Report of the Indian Hemp Drugs Commission, 1894-1895 - Volume IV
Year: 1894
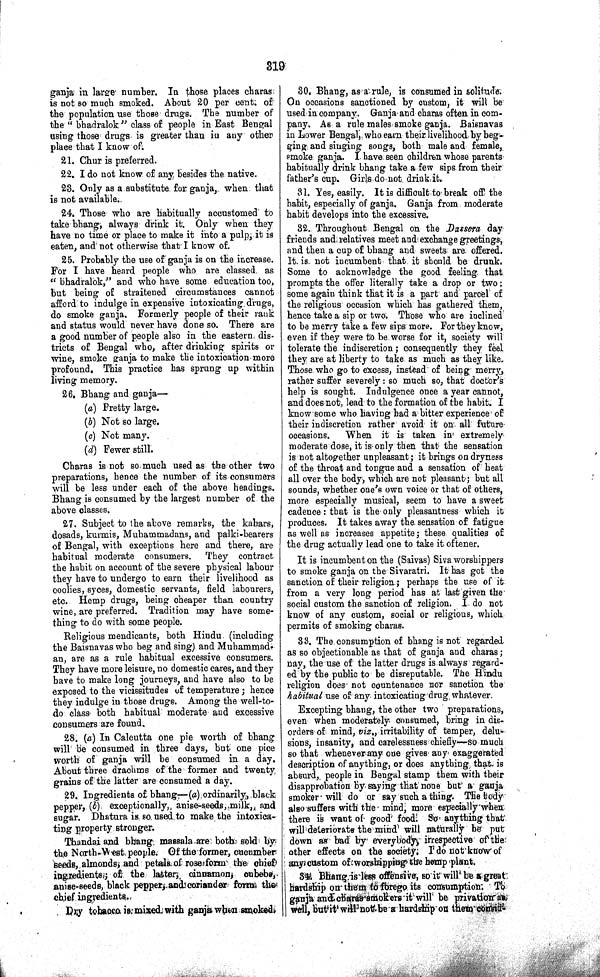
319
ganja in large number. In those places charas
is not so much smoked. About 20 per cent. of
the population use those drugs. The number of
the "bhadralok" class of people in East Bengal
using those drugs is greater than in any other
place that I know of.
21. Chur is preferred.
22. I do not know of any besides the native.
23. Only as a substitute for ganja, when that
is not available.
24. Those who are habitually accustomed to
take bhang, always drink it. Only when they
have no time or place to make it into a pulp, it is
eaten, and not otherwise that I know of.
25. Probably the use of ganja is on the increase.
For I have heard people who are classed as
"bhadralok," and who have some education too,
but being of straitened circumstances cannot
afford to indulge in expensive intoxicating drugs,
do smoke ganja. Formerly people of their rank
and status would never have done so. There are
a good number of people also in the eastern dis-
tricts of Bengal who, after drinking spirits or
wine, smoke ganja to make the intoxication more
profound. This practice has sprung up within
living memory.
26. Bhang and ganja—
(a) Pretty large.
(b) Not so large.
(c) Not many.
(d) Fewer still.
Charas is not so much used as the other two
preparations, hence the number of its consumers
will be less under each of the above headings.
Bhang is consumed by the largest number of the
above classes.
27. Subject to the above remarks, the kahars,
dosads, kurmis, Muhammadans, and palki-bearers
of Bengal, with exceptions here and there, are
habitual moderate consumers. They contract
the habit on account of the severe physical labour
they have to undergo to earn their livelihood as
coolies, syces, domestic servants, field labourers,
etc. Hemp drugs, being cheaper than country
wine, are preferred. Tradition may have some-
thing to do with some people.
Religious mendicants, both Hindu (including
the Baisnavas who beg and sing) and Muhammad-
an, are as a rule habitual excessive consumers.
They have more leisure, no domestic cares, and they
have to make long journeys, and have also to be
exposed to the vicissitudes of temperature; hence
they indulge in those drugs. Among the well-to-
do class both habitual moderate and excessive
consumers are found.
28. (a) In Calcutta one pie worth of bhang
will be consumed in three days, but one pice
worth of ganja will be consumed in a day.
About three drachms of the former and twenty
grains of the latter are consumed a day.
29. Ingredients of bhang—(a) ordinarily, black
pepper, (b) exceptionally, anise-seeds, milk, and
sugar. Dhatura is so used to make the intoxica-
ting property stronger.
Thandai and bhang massala are both sold by
the North-West people. Of the former, cucumber
seeds, almonds, and petals of rose form the chief
ingredients; of the latter, cinnamon, cubebs,
anise-seeds, black pepper, and coriander form the
chief ingredients.
Dry tobacco is mixed with ganja when smoked.
30. Bhang, as a rule, is consumed in solitude.
On occasions sanctioned by custom, it will be
used in company. Ganja and charas often in com-
pany. As a rule males smoke ganja. Baisnavas
in Lower Bengal, who earn their livelihood by beg-
ging and singing songs, both male and female,
smoke ganja. I have seen children whose parents
habitually drink bhang take a few sips from their
father's cup. Girls do not drink it.
31. Yes, easily. It is difficult to break off the
habit, especially of ganja. Ganja from moderate
habit develops into the excessive.
32. Throughout Bengal on the Dassera day
friends and relatives meet and exchange greetings,
and then a cup of bhang and sweets are offered.
It is not incumbent that it should be drunk.
Some to acknowledge the good feeling that
prompts the offer literally take a drop or two;
some again think that it is a part and parcel of
the religious occasion which has gathered them,
hence take a sip or two. Those who are inclined
to be merry take a few sips more. For they know,
even if they were to be worse for it, society will
tolerate the indiscretion; consequently they feel
they are at liberty to take as much as they like.
Those who go to excess, instead of being merry,
rather suffer severely: so much so, that doctor's
help is sought. Indulgence once a year cannot,
and does not, lead to the formation of the habit. I
know some who having had a bitter experience of
their indiscretion rather avoid it on all future
occasions.
When it is taken in extremely
moderate dose, it is only then that the sensation
is not altogether unpleasant; it brings on dryness
of the throat and tongue and a sensation of heat
all over the body, which are not pleasant; but all
sounds, whether one's own voice or that of others,
more especially musical, seem to have a sweet
cadence: that is the only pleasantness which it
produces. It takes away the sensation of fatigue
as well as increases appetite; these qualities of
the drug actually lead one to take it oftener.
It is incumbent on the (Saivas) Siva worshippers
to smoke ganja on the Sivaratri. It has got the
sanction of their religion; perhaps the use of it
from a very long period has at last given the
social custom the sanction of religion. I do not
know of any custom, social or religious, which
permits of smoking charas.
33. The consumption of bhang is not regarded
as so objectionable as that of ganja and charas;
nay, the use of the latter drugs is always regard-
ed by the public to be disreputable. The Hindu
religion does not countenance nor sanction the
habitual use of any intoxicating drug, whatever.
Excepting bhang, the other two preparations,
even when moderately consumed, bring in dis-
orders of mind, viz., irritability of temper, delu-
sions, insanity, and carelessness chiefly—so much
so that whenever any one gives any exaggerated
description of anything, or does anything that is
absurd, people in Bengal stamp them with their
disapprobation by saying that none but a ganja
smoker will do or say such a thing. The body
also suffers with the mind, more especially when
there is want of good food. So anything that'
will deteriorate the mind will naturally be put
down as bad by everybody, irrespective of the
other effects on the society. I do not know of
any custom of worshipping the hemp plant.
34. Bhang is l ess offensive, so it will be a great
hardship on them to forego its consumption. To
ganja and charas smokers it will be privation as
well, but it will not be a hardship on them consid-